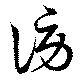
謗